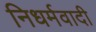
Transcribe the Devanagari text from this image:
निधर्मवादी